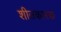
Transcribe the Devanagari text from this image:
शीतकारक